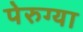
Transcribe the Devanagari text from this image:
पेरुग्या